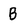
Character: b